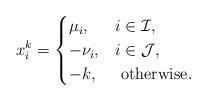
LaTeX: \begin{align*}x_{i}^{k}=\begin{cases} \mu_i, & i\in\mathcal{I}, \\-\nu_i, & i\in\mathcal{J},\\-k, & \mbox{ otherwise}.\end{cases}\end{align*}